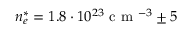
n _ { e } ^ { * } = 1 . 8 \cdot 1 0 ^ { 2 3 } \mathrm { ~ c ~ m ~ } ^ { - 3 } \pm 5 \